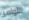
الأوامر